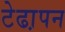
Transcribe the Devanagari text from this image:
टेढा़पन